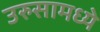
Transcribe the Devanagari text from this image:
उरुसामध्ये